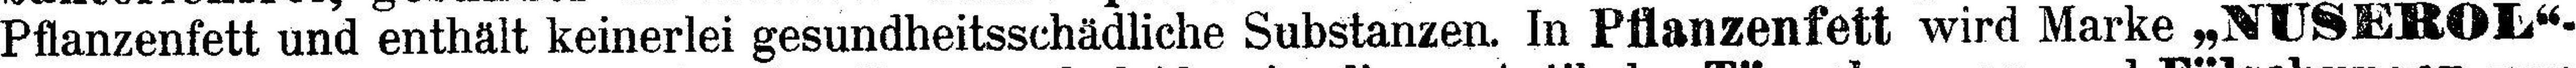
Pflanzenfett und enthält keinerlei gesundheitsschädliche Substanzen. In Pflanzenfett wird Marke „NUSEROL“-